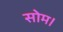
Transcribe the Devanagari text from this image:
सोम।